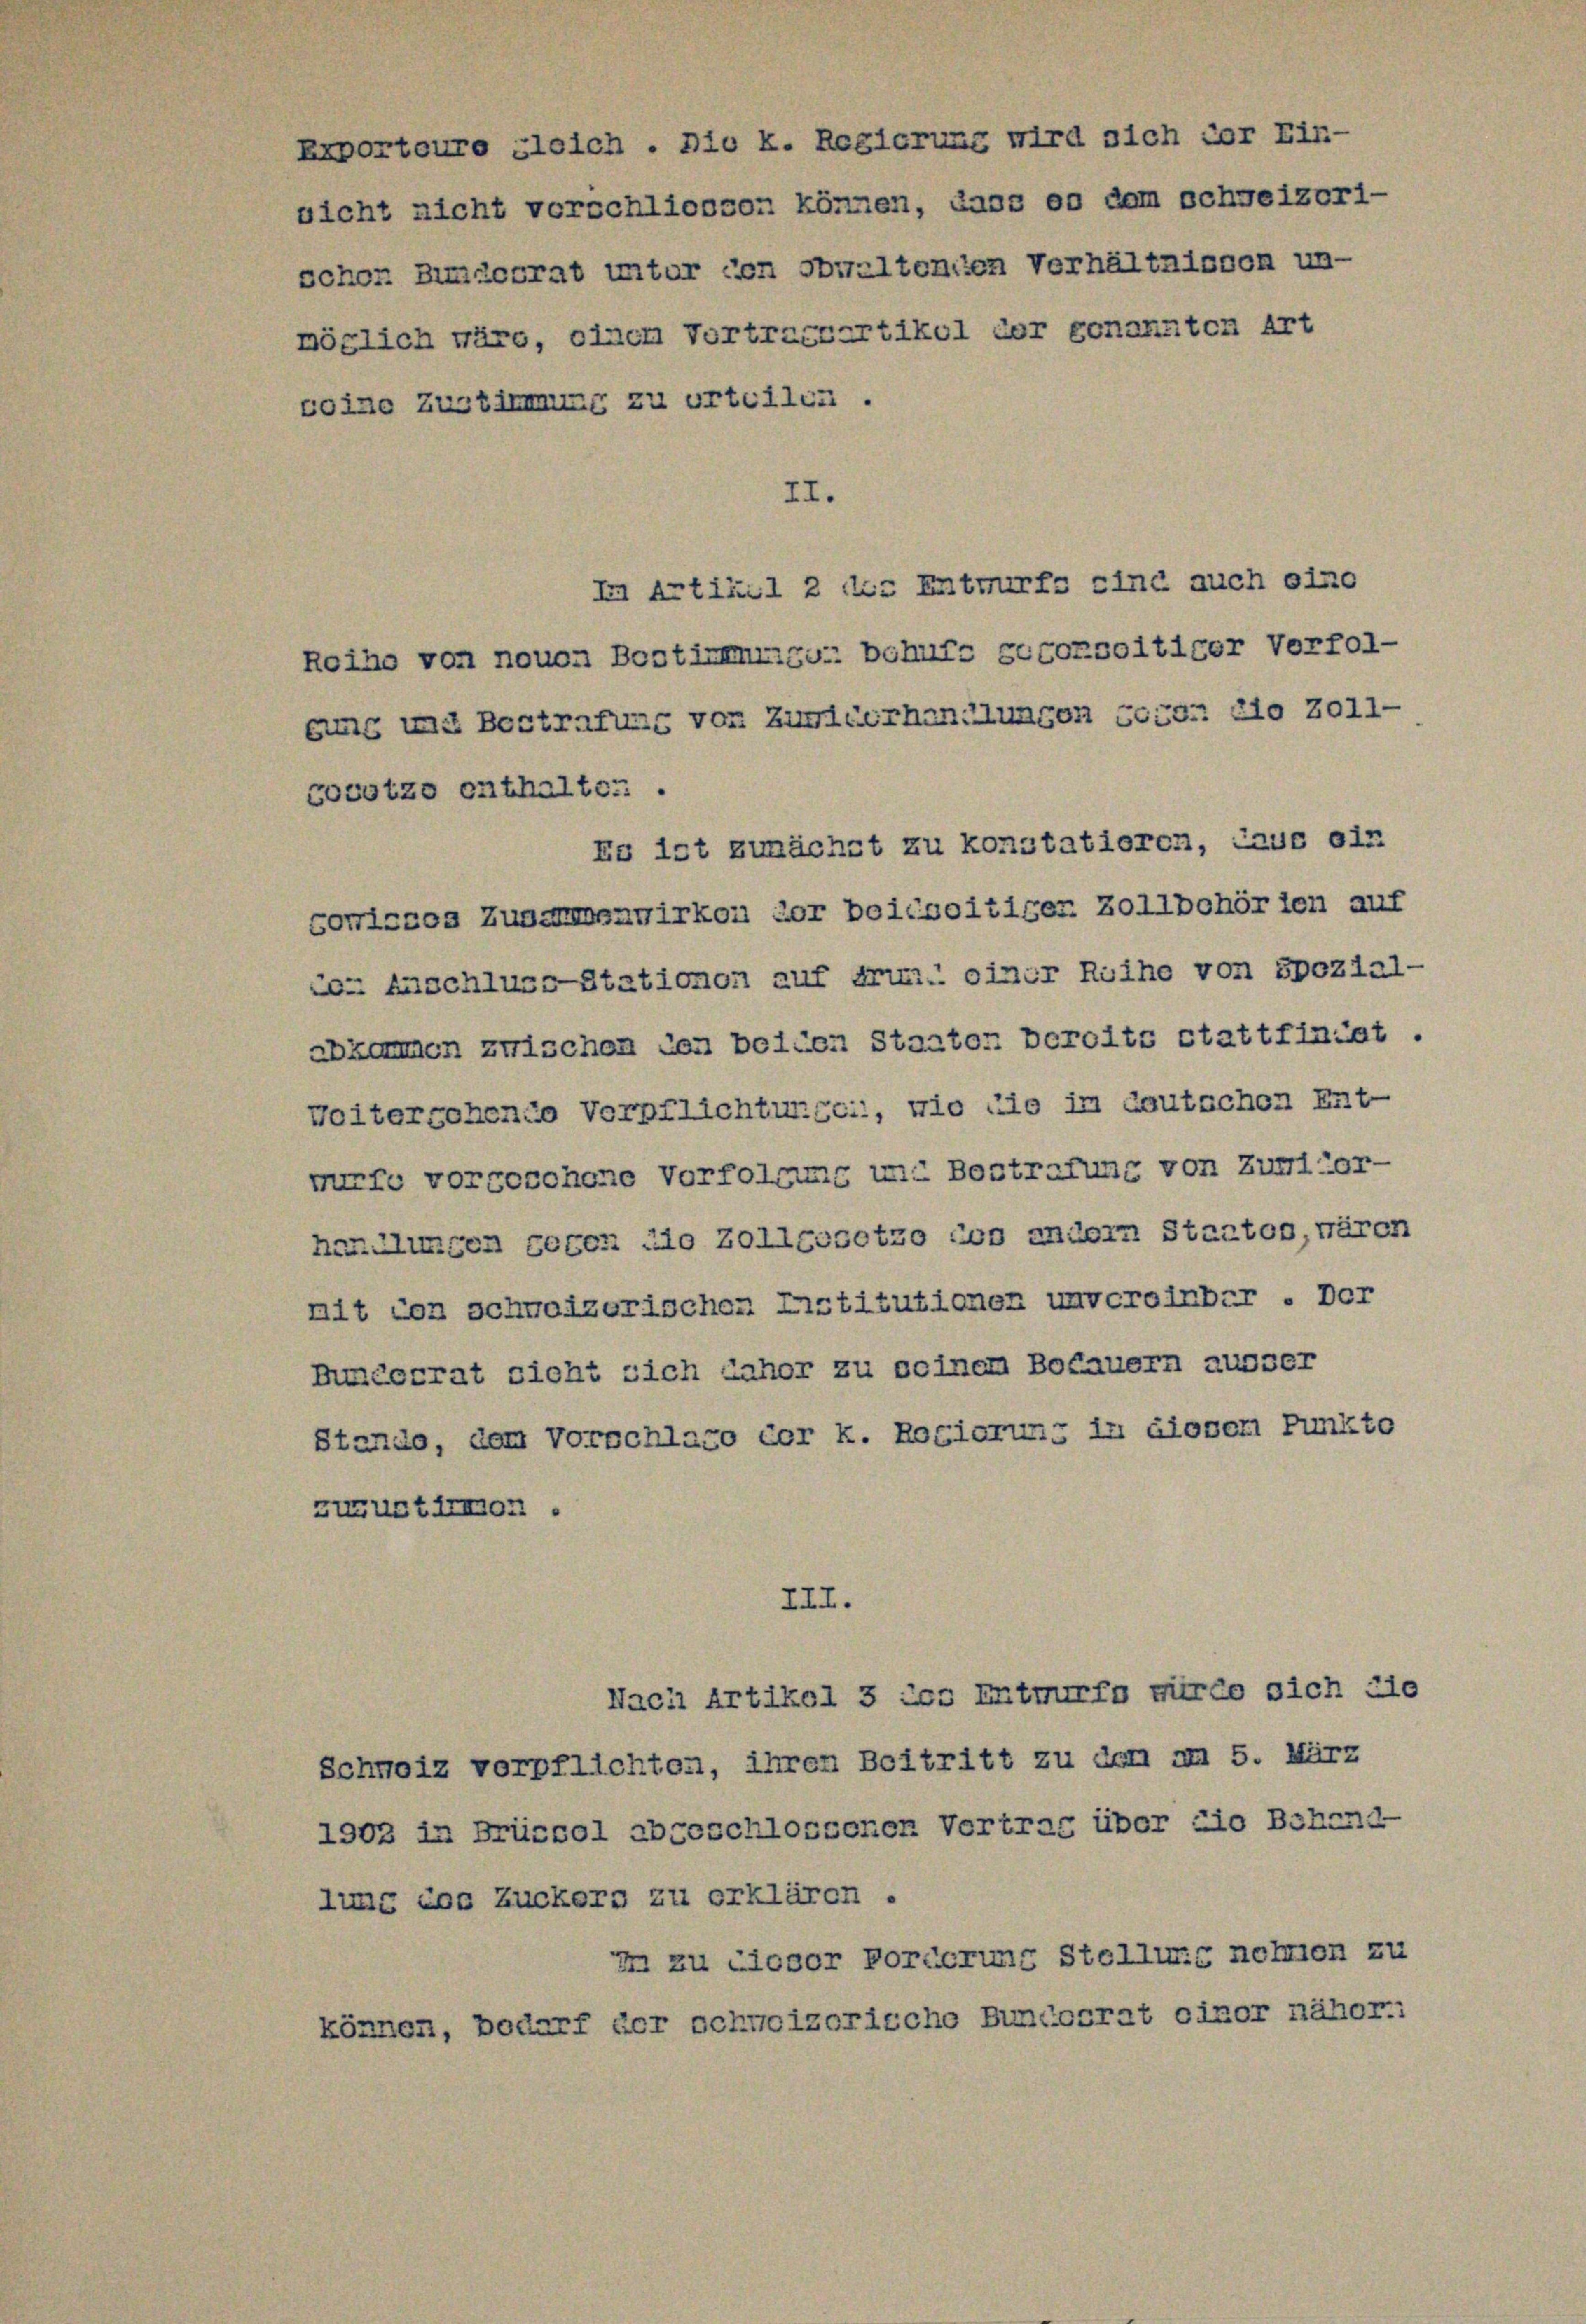
Exporteure gleich . Die k. Regierung wird sich vor Ein-
nicht nicht verschliessen können, dass es dem schweizeri-
schon Bimsocrat unter den obwaltenen Verhältnissen un-
möglich wäre, einem Vortractartikul der genannten Art
coine Zustimmung zu urteilen.
II.

In Artikel 2 des Entwurfs sind auch eine
Reihe von nouon Bestimmungen behufs gegorseitiger Verfolbung und Bestrafung von Zuricorhandlungen 550. 210 Zoll-
zovotze enthalter .
Es ist zunächst zu konstatioren, laus ein
sorrisses Zusammenwirken der beidseitiger Zollbehörten auf
con Anschluss-Stationen auf drum. einer Reihe von Spozial-
abkommen zwischen den beiden Staaten beroits stattfindet.
Weitergehende Verpflichtungen, wie die im Gautschen Ent-
wurfe vorgeschene Vorfolgung und Bestrafung von Zuricor-
handlungen gegen die Zollgesetzo don andern Staaten, wären
mit von schweizerischen Listitutionen unvereinbar. Der
Hundesrat sicht sich daher zu seinem Botauern ausser
Stando, dem Vorschlage der k. Rogierung in diesem Punkte
zuzustirmor.
III.
Nach Artikel 3 des Entwurfe würde sich die
Schweiz verpflichten, ihren Beitritt zu dem am 5. März
1902 in Brüssel abgeschlossenen Vertrag über die Behrnd-
lung ins Zuckern zu erklären.
in zu dieser Porderung Stellung nehmen zu
können, bedarf der schweizerische Bundocrat oixor näher.